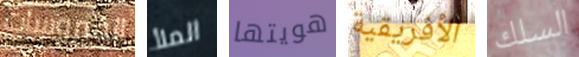
الفيروسات الملأ هويتها الأفريقية السلك